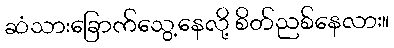
ဆံသားခြောက်သွေ့နေလို့ စိတ်ညစ်နေလား။